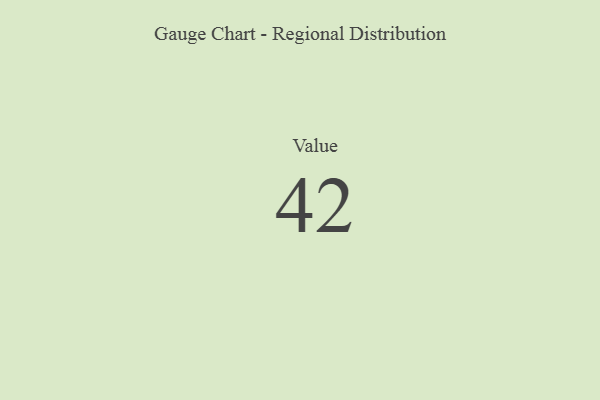
{"axis": {"x": "Metric", "y": "Value"}, "legend": [""], "data": [{"x": "Value", "y": 42, "type": ""}]}